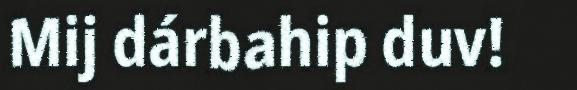
Mij dárbahip duv!